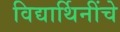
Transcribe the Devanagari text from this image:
विद्यार्थिनींचे